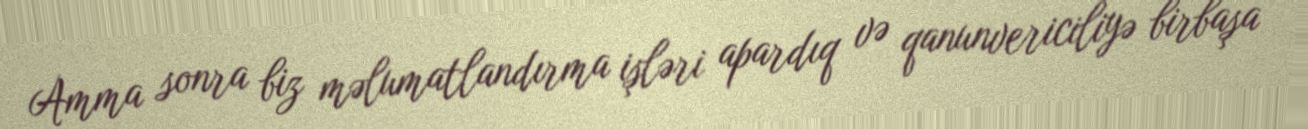
Amma sonra biz məlumatlandırma işləri apardıq və qanunvericiliyə birbaşa